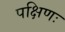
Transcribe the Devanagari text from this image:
पक्षिणः